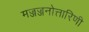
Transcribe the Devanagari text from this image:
मज्जज्जनोत्तारिणी